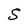
Character: S